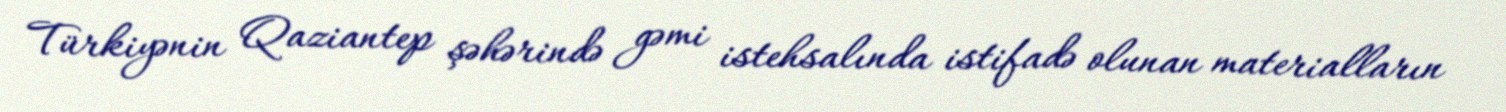
Türkiyənin Qaziantep şəhərində gəmi istehsalında istifadə olunan materialların